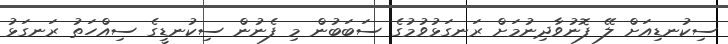
ސިކުނޑިއަށް ލޭ ފޮނުވާދިނުމަށް ރަނގަޅުވުމުގެ ސަބަބުން މި ފެނުން ސިކުނޑީގެ ސިއްހަތު ރަނގަޅު